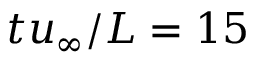
t u _ { \infty } / L = 1 5